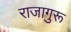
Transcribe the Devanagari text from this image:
राजागुरू